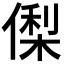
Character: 𬿘